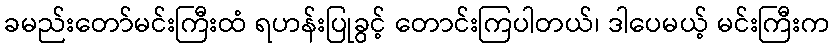
ခမည်းတော်မင်းကြီးထံ ရဟန်းပြုခွင့် တောင်းကြပါတယ်၊ ဒါပေမယ့် မင်းကြီးက